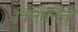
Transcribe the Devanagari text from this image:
विमर्षतेचा